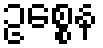
ဥစ္စေန